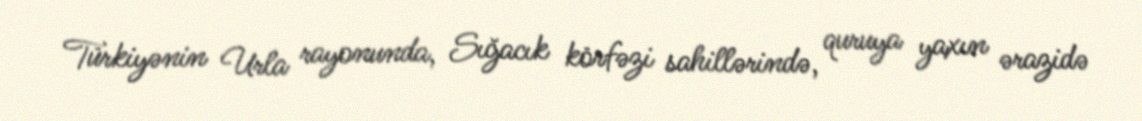
Türkiyənin Urla rayonunda, Sığacık körfəzi sahillərində, quruya yaxın ərazidə